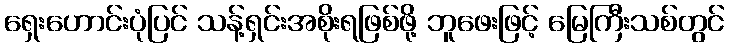
ရှေးဟောင်းပုံပြင် သန့်ရှင်းအစိုးရဖြစ်ဖို့ ဘူဖေးဖြင့် မြေကြီးသစ်တွင်